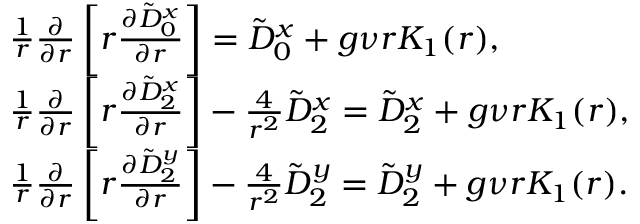
\begin{array} { r l } & { \frac { 1 } { r } \frac { \partial } { \partial r } \left[ r \frac { \partial \tilde { D } _ { 0 } ^ { x } } { \partial r } \right] = \tilde { D } _ { 0 } ^ { x } + g \nu r K _ { 1 } ( r ) , } \\ & { \frac { 1 } { r } \frac { \partial } { \partial r } \left[ r \frac { \partial \tilde { D } _ { 2 } ^ { x } } { \partial r } \right] - \frac { 4 } { r ^ { 2 } } \tilde { D } _ { 2 } ^ { x } = \tilde { D } _ { 2 } ^ { x } + g \nu r K _ { 1 } ( r ) , } \\ & { \frac { 1 } { r } \frac { \partial } { \partial r } \left[ r \frac { \partial \tilde { D } _ { 2 } ^ { y } } { \partial r } \right] - \frac { 4 } { r ^ { 2 } } \tilde { D } _ { 2 } ^ { y } = \tilde { D } _ { 2 } ^ { y } + g \nu r K _ { 1 } ( r ) . } \end{array}